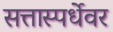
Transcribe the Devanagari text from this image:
सत्तास्पर्धेवर